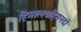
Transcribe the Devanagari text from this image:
हिमालयहिमनदों